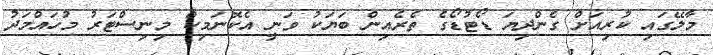
މާލޭގައި ކުރިއަށް ގެންދިޔަ ޑޯޓުޑޯގެ ތެރެއިން ބަޔަކު ވަނީ އެކޮނަމިކް މިނިސްޓަރު މުހައްމަދު